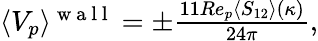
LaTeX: \begin{array}{r}{\langle V_{p}\rangle^{\mathrm{~w~a~l~l~}}=\pm\frac{11Re_{p}\langle S_{12}\rangle(\kappa)}{24\pi},}\end{array}